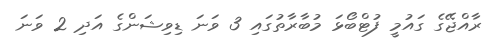
ރާއްޖޭގެ ގައުމީ ފުޓްބޯޅަ މުބާރާތުގައި 3 ވަނަ ޑިވިޝަންގެ އަދި 2 ވަނަ